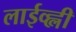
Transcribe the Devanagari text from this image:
लाईव्ह्ली